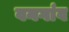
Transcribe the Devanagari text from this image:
वनगांव